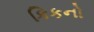
કિકનો